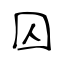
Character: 囚